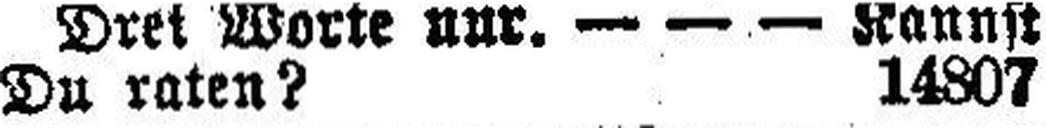
Du raten? 14807